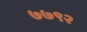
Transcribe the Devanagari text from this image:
७७९२